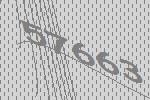
57663